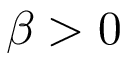
\beta > 0